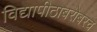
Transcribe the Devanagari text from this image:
विद्यापीठाबरोबरच